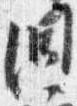
洞